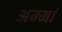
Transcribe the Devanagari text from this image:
अम्‍मां